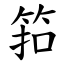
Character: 筘